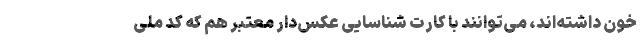
خون داشته‌اند، می‌توانند با کارت شناسایی عکس‌دار معتبر هم که کد ملی